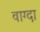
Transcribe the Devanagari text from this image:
वाग्दा